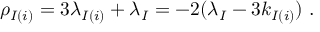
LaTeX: \rho _ { I ( i ) } = 3 \lambda _ { I ( i ) } + \lambda _ { I } = - 2 ( \lambda _ { I } - 3 k _ { I ( i ) } ) ~ .